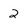
Character: 2